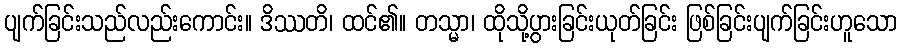
ပျက်ခြင်းသည်လည်းကောင်း။ ဒိဿတိ၊ ထင်၏။ တသ္မာ၊ ထိုသို့ပွားခြင်းယုတ်ခြင်း ဖြစ်ခြင်းပျက်ခြင်းဟူသော